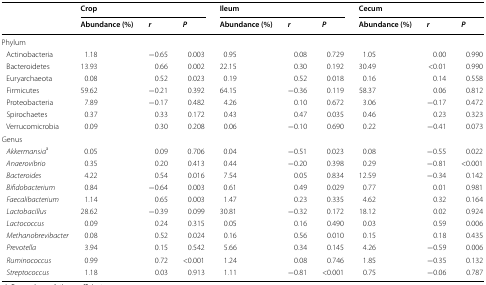
<table><thead><tr><td rowspan="2"></td><td colspan="3"><b>Crop</b></td><td colspan="3"><b>Ileum</b></td><td colspan="3"><b>Cecum</b></td></tr><tr><td><b>Abundance (%)</b></td><td><b><i>r</i></b></td><td><b><i>P</i></b></td><td><b>Abundance (%)</b></td><td><b><i>r</i></b></td><td><b><i>P</i></b></td><td><b>Abundance (%)</b></td><td><b><i>r</i></b></td><td><b><i>P</i></b></td></tr></thead><tbody><tr><td colspan="10">Phylum</td></tr><tr><td> Actinobacteria</td><td>1.18</td><td>−0.65</td><td>0.003</td><td>0.95</td><td>0.08</td><td>0.729</td><td>1.05</td><td>0.00</td><td>0.990</td></tr><tr><td> Bacteroidetes</td><td>13.93</td><td>0.66</td><td>0.002</td><td>22.15</td><td>0.30</td><td>0.192</td><td>30.49</td><td>&lt;0.01</td><td>0.990</td></tr><tr><td> Euryarchaeota</td><td>0.08</td><td>0.52</td><td>0.023</td><td>0.19</td><td>0.52</td><td>0.018</td><td>0.16</td><td>0.14</td><td>0.558</td></tr><tr><td> Firmicutes</td><td>59.62</td><td>−0.21</td><td>0.392</td><td>64.15</td><td>−0.36</td><td>0.119</td><td>58.37</td><td>0.06</td><td>0.812</td></tr><tr><td> Proteobacteria</td><td>7.89</td><td>−0.17</td><td>0.482</td><td>4.26</td><td>0.10</td><td>0.672</td><td>3.06</td><td>−0.17</td><td>0.472</td></tr><tr><td> Spirochaetes</td><td>0.37</td><td>0.33</td><td>0.172</td><td>0.43</td><td>0.47</td><td>0.035</td><td>0.46</td><td>0.23</td><td>0.323</td></tr><tr><td> Verrucomicrobia</td><td>0.09</td><td>0.30</td><td>0.208</td><td>0.06</td><td>−0.10</td><td>0.690</td><td>0.22</td><td>−0.41</td><td>0.073</td></tr><tr><td colspan="10">Genus</td></tr><tr><td> <i>Akkermansia</i><sup>a</sup></td><td>0.05</td><td>0.09</td><td>0.706</td><td>0.04</td><td>−0.51</td><td>0.023</td><td>0.08</td><td>−0.55</td><td>0.022</td></tr><tr><td> <i>Anaerovibrio</i></td><td>0.35</td><td>0.20</td><td>0.413</td><td>0.44</td><td>−0.20</td><td>0.398</td><td>0.29</td><td>−0.81</td><td>&lt;0.001</td></tr><tr><td> <i>Bacteroides</i></td><td>4.22</td><td>0.54</td><td>0.016</td><td>7.54</td><td>0.05</td><td>0.834</td><td>12.59</td><td>−0.34</td><td>0.142</td></tr><tr><td> <i>Bifidobacterium</i></td><td>0.84</td><td>−0.64</td><td>0.003</td><td>0.61</td><td>0.49</td><td>0.029</td><td>0.77</td><td>0.01</td><td>0.981</td></tr><tr><td> <i>Faecalibacterium</i></td><td>1.14</td><td>0.65</td><td>0.003</td><td>1.47</td><td>0.23</td><td>0.335</td><td>4.62</td><td>0.32</td><td>0.164</td></tr><tr><td> <i>Lactobacillus</i></td><td>28.62</td><td>−0.39</td><td>0.099</td><td>30.81</td><td>−0.32</td><td>0.172</td><td>18.12</td><td>0.02</td><td>0.924</td></tr><tr><td> <i>Lactococcus</i></td><td>0.09</td><td>0.24</td><td>0.315</td><td>0.05</td><td>0.16</td><td>0.490</td><td>0.03</td><td>0.59</td><td>0.006</td></tr><tr><td> <i>Methanobrevibacter</i></td><td>0.08</td><td>0.52</td><td>0.024</td><td>0.16</td><td>0.56</td><td>0.010</td><td>0.15</td><td>0.18</td><td>0.435</td></tr><tr><td> <i>Prevotella</i></td><td>3.94</td><td>0.15</td><td>0.542</td><td>5.66</td><td>0.34</td><td>0.145</td><td>4.26</td><td>−0.59</td><td>0.006</td></tr><tr><td> <i>Ruminococcus</i></td><td>0.99</td><td>0.72</td><td>&lt;0.001</td><td>1.24</td><td>0.08</td><td>0.746</td><td>1.85</td><td>−0.35</td><td>0.132</td></tr><tr><td> <i>Streptococcus</i></td><td>1.18</td><td>0.03</td><td>0.913</td><td>1.11</td><td>−0.81</td><td>&lt;0.001</td><td>0.75</td><td>−0.06</td><td>0.787</td></tr></tbody></table>